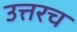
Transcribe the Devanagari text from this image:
उत्तरच